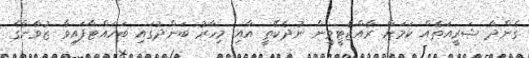
ގެންދާ ޝަރީއަތެއް ކަމަށް ރާއްޖެޓީވީން ނުދެކޭތީ އާއި މިހާރު ބަންދުގައި ބަހައްޓާފައިވާ ޒުވާނާގެ